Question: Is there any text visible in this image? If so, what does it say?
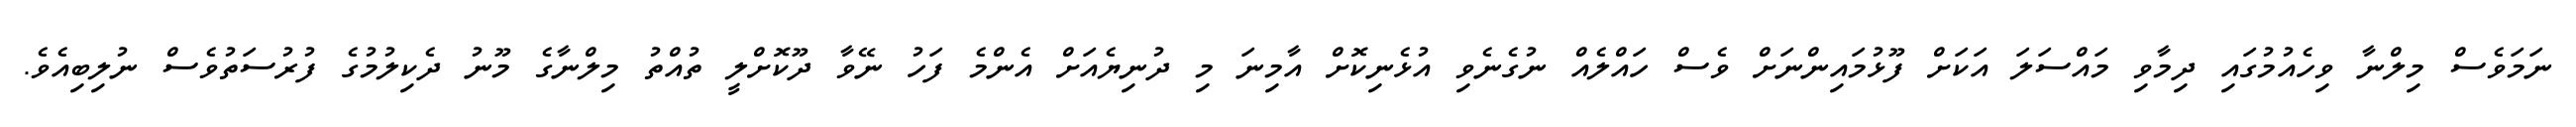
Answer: ނަމަވެސް މިލްނާ ވިހެއުމުގައި ދިމާވި މައްސަލަ އަކަށް ފޫޅުމައިންނަށް ވެސް ހައްލެއް ނުގެނެވި އުޅެނިކޮށް އާމިނަ މި ދުނިޔެއަށް އެންމެ ފަހު ނޭވާ ދޫކޮށްލީ ތުއްތު މިލްނާގެ މޫނު ދެކިލުމުގެ ފުރުސަތުވެސް ނުލިބިއެވެ.